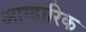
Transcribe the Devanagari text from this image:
आम्हारिक